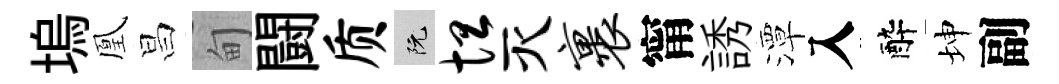
塢凰昌甸闘质阮坦灭裹甯誘潭入醉坤副